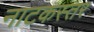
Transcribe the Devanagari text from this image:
नाटकस्तर